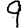
Digit: 9